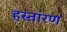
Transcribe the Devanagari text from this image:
हस्तांरण